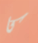
كا